Lunatic asylums Madras 1892-1911 - 1892-1911
Year: 1892
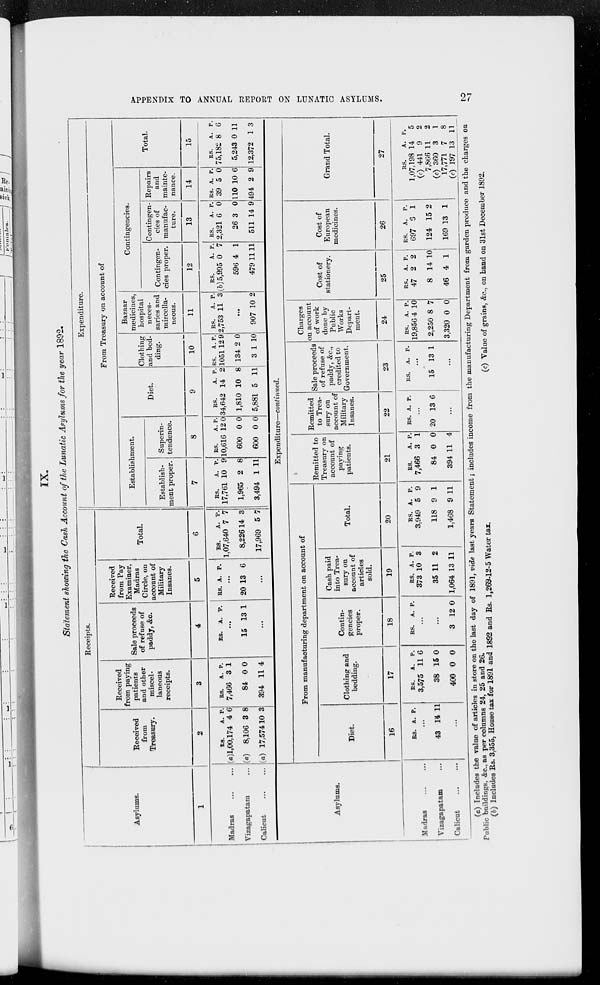
APPENDIX TO ANNUAL REPORT ON LUNATIC ASYLUMS.
27
IX.
Statement showing the Cash Account of the Lunatic Asylums for the year 1892.
Asylums.
1
Madras ... ...
Vizagapatam ...
Calicut ... ...
Receipts.
Received
from
Treasury.
2
Rs.
(a)l,00,174
(a) 8,106
(a) 17,574
A.
4
3
10
P.
6
8
3
Received
from paying
patients
and other
miscel-
laneous
receipts.
3
Rs.
7,466
84
394
A.
3
0
11
P.
1
0
4
Sale proceeds
of refuse of
paddy, &c.
4
Rs. A. P.
...
15 13 1
...
Received
from Pay
Examiner,
Madras
Circle, on
account of
Military
Insanes.
5
Rs. A. P.
...
20 13 6
...
Total.
6
Rs.
1,07,640
8,226
17,969
A.
7
14
5
P.
7
3
7
Expenditure.
From Treasury on account of
Establishment.
Establish-
ment proper.
7
Rs.
17,761
1,965
3,494
A.
10
2
1
P.
9
8
11
Superin-
tendence.
8
Rs.
10,616
600
600
A.
12
0
0
P.
0
0
0
Diet.
9
Rs.
34,642
1,810
5,881
A.
14
10
5
P.
2
8
11
Clothing
and bed-
ding.
10
Rs.
1051
134
3
A.
12
2
1
P.
9
0
10
Bazaar
medicines,
hospital
neces-
saries and
miscella-
neous.
11
Rs.
2,753
A.
11
P.
3
...
907 10 2
Contingencies.
Contingen-
cies proper.
12
Rs.
(b) 5,995
596
479
A.
0
4
11
P.
7
1
11
Contingen-
cies of
manufac-
ture.
13
Rs.
2,321
26
511
A.
6
3
14
P.
0
0
9
Repairs
and
mainte-
nance.
14
Rs.
39
110
494
A.
5
10
2
P.
0
6
9
Total.
15
Rs.
75,182
5,243
12,372
A.
8
0
1
P.
6
11
3
Asylums.
Madras ... ...
Vizagapatam ...
Calicut ... ...
Expenditure—continued.
From manufacturing department on account of
Diet.
16
Rs. A. P.
...
43 14 11
...
Clothing and
bedding.
17
Rs.
3,575
38
400
A.
11
15
0
P.
6
0
0
Contin-
gencies
proper.
18
Rs.
A. P.
...
...
3 12 0
Cash paid
into Trea-
sury on
account of
articles
sold.
19
Rs.
373
35
1,064
A.
10
11
13
P.
3
2
11
Total.
20
Rs.
3,949
118
1,468
A.
5
9
9
P.
9
1
11
Remitted to
Treasury on
account of
paying
patients.
21
Rs.
7,466
84
394
A.
3
0
11
P.
1
0
4
Remitted
to Trea-
sury on
account of
Military
Insanes.
22
Rs. A, P.
...
20 13 6
...
Sale proceeds
of refuse of
paddy, &c.,
credited to
Government.
23
Rs.
A. P.
...
15 13 1
...
Charges
on account
of work
done by
Public
Works
Depart-
ment.
24
Rs.
19,856
2,250
3,320
A.
4
8
0
P.
10
7
0
Cost of
stationery.
25
Rs.
47
8
46
A.
2
14
4
P.
2
10
1
Cost of
European
medicines.
26
Rs.
697
124
169
A.
6
15
13
P.
1
2
1
Grand Total.
27
Rs.
1,07,198
(c) 441
7,866
(c) 360
17,771
(c) 197
A.
14
9
11
3
7
13
P.
5
2
2
1
8
11
(a) Includes the value of articles in store on the last day of 1891, vide last years Statement; includes income from the manufacturing Department from garden produce and the charges on
Public buildings, &c., as per columns 24, 25 and 26.
(b) Includes Rs. 3,355, House tax for 1891 and 1892 and Rs, 1,269-12-5 Water tax,
(c) Value of grains, &c, on hand on 31st December 1892.